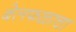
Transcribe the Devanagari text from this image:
बेलफळाचा